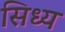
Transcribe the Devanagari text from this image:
सिध्य